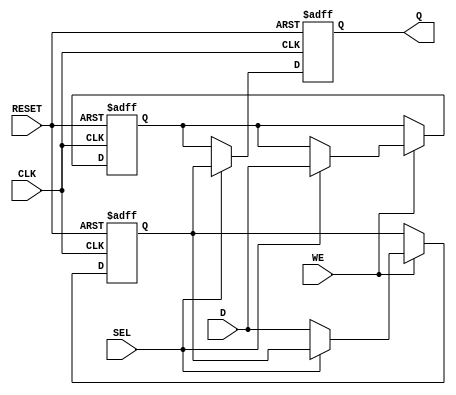
module double_buffer_register (
    input wire [N-1:0] D,      // Data input
    input wire WE,             // Write Enable
    input wire CLK,            // Clock signal
    input wire SEL,            // Select signal
    input wire RESET,          // Optional reset signal
    output reg [N-1:0] Q       // Data output
);
    parameter N = 8;           // Width of the data (can be adjusted)

    reg [N-1:0] buffer_A;      // Buffer A
    reg [N-1:0] buffer_B;      // Buffer B

    always @(posedge CLK or posedge RESET) begin
        if (RESET) begin
            buffer_A <= {N{1'b0}}; // Initialize Buffer A to 0
            buffer_B <= {N{1'b0}}; // Initialize Buffer B to 0
            Q <= {N{1'b0}};        // Initialize Output to 0
        end else begin
            if (WE) begin
                if (~SEL) begin
                    buffer_A <= D; // Write to Buffer A
                end else begin
                    buffer_B <= D; // Write to Buffer B
                end
            end
            // Read from the buffer that is not currently being written to
            Q <= (SEL) ? buffer_A : buffer_B;
        end
    end
endmodule